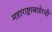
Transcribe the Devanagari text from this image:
महाराष्ट्राबाहेरची